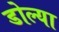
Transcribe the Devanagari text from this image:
डोल्या